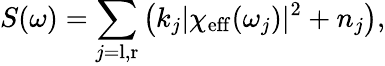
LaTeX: S(\omega)=\sum_{j=\mathrm{l,r}}\left(k_{j}|\chi_{\mathrm{eff}}(\omega_{j})|^{2}+n_{j}\right),